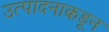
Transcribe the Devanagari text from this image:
उत्पादनाकडून